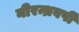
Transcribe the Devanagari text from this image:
नीरन्ध्रवर्षी